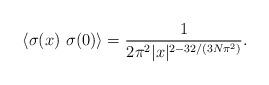
LaTeX: \begin{align*}\langle \sigma (x)~\sigma (0)\rangle =\frac{1}{2\pi ^{2}|x|^{2-32/(3N\pi^{2})}}.\end{align*}